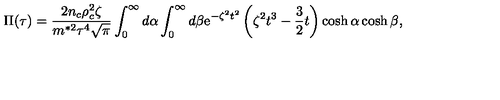
\Pi ( \tau ) = \frac { 2 n _ { c } \rho _ { c } ^ { 2 } \zeta } { m ^ { * 2 } \tau ^ { 4 } \sqrt { \pi } } \int _ { 0 } ^ { \infty } d \alpha \int _ { 0 } ^ { \infty } d \beta \mathrm { e } ^ { - \zeta ^ { 2 } { t ^ { 2 } } } \left( \zeta ^ { 2 } t ^ { 3 } - \frac { 3 } { 2 } t \right) \cosh \alpha \cosh \beta ,